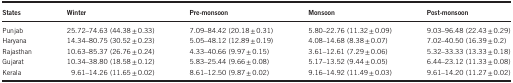
| States | Winter | Pre-monsoon | Monsoon | Post-monsoon |
 | --- | --- | --- | --- | --- |
 | Punjab | 25.72–74.63 (44.38±0.33) | 7.09–84.42 (20.18±0.31) | 5.80–22.76 (11.32±0.09) | 9.03–96.48 (22.43±0.29) |
 | Haryana | 14.34–80.75 (30.52±0.23) | 5.05–48.12 (12.89±0.19) | 4.08–14.68 (8.38±0.07) | 7.02–40.50 (16.39±0.2) |
 | Rajasthan | 10.63–85.37 (26.76±0.24) | 4.33–40.66 (9.97±0.15) | 3.61–12.61 (7.29±0.06) | 5.32–33.33 (13.33±0.18) |
 | Gujarat | 10.34–38.80 (18.58±0.12) | 5.83–25.44 (9.66±0.08) | 5.17–13.52 (9.44±0.05) | 6.44–23.12 (11.33±0.08) |
 | Kerala | 9.61–14.26 (11.65±0.02) | 8.61–12.50 (9.87±0.02) | 9.16–14.92 (11.49±0.03) | 9.61–14.20 (11.27±0.02) |